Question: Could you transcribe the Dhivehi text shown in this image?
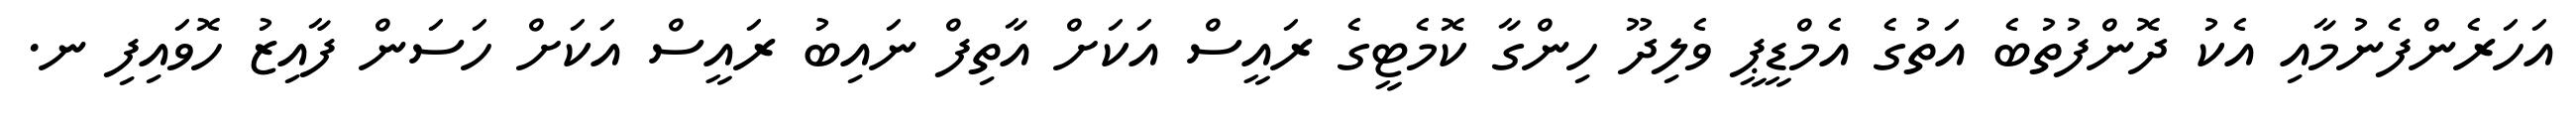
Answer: އަހަރެންފެނުމާއި އެކު ދޮންފުތުބެ އަތުގެ އެމްޑީޕީ ވެލިދޫ ހިންގާ ކޮމެޓީގެ ރައީސް އަކަށް އާތިފް ނައިބު ރައީސް އަކަށް ހަސަން ފާއިޒު ހޮވައިފި ނ.